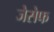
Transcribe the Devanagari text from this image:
जेसेफ